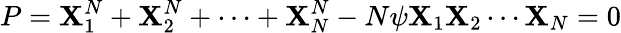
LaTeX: P=\mathbf{X}_{1}^{N}+\mathbf{X}_{2}^{N}+\cdots+\mathbf{X}_{N}^{N}-N\psi\mathbf{X}_{1}\mathbf{X}_{2}\cdots\mathbf{X}_{N}=0